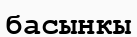
басынкы